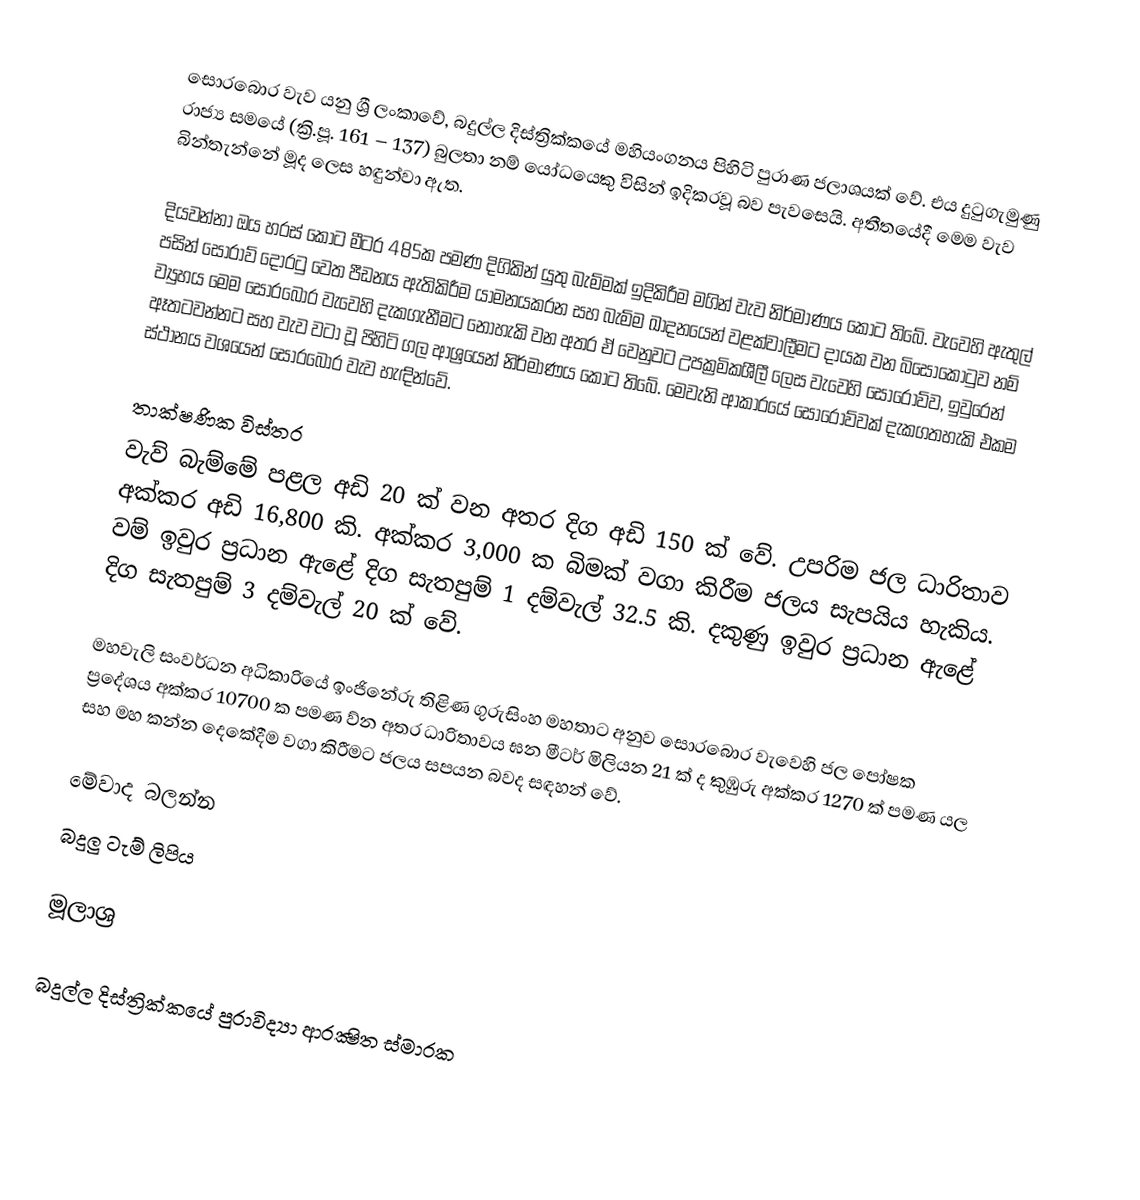
සොරබොර වැව යනු ශ්‍රී ලංකාවේ, බදුල්ල දිස්ත්‍රික්කයේ මහියංගනය පිහිටි පුරාණ ජලාශයක් වේ. එය දුටුගැමුණු රාජ්‍ය සමයේ (ක්‍රි.පූ. 161 – 137) බුලතා නම් යෝධයෙකු විසින් ඉදිකරවූ බව පැවසෙයි. අතීතයේදී මෙම වැව බින්තැන්නේ මූද ලෙස හඳුන්වා ඇත.

දියවන්නා ඔය හරස් කොට මීටර 485ක පමණ දිගිකින් යුතු බැම්මක් ඉදිකිරීම මගින් වැව නිර්මාණය කොට තිබේ. වැවෙහි ඇතුල් පසින් සොරාව් දොරටු වෙත පීඩනය ඇතිකිරීම යාමනයකරන සහ බැම්ම ඛාදනයෙන් වළක්වාලීමට දායක වන බිසෝකොටුව නම් ව්‍යුහය මෙම සොරබොර වැවෙහි දැකගැනීමට නොහැකි වන අතර ඒ වෙනුවට උපක්‍රමිකශීලී ලෙස වැවෙහි සොරොව්ව, ඉවුරෙන් ඈතටවන්නට සහ වැව වටා වූ පිහිටි ගල ආශ්‍රයෙන් නිර්මාණය කොට තිබේ. මෙවැනි ආකාරයේ සොරොව්වක් දැකගතහැකි එකම ස්ථානය වශයෙන් සොරබොර වැව හැඳින්වේ.

තාක්ෂණික විස්තර
වැව් බැම්මේ පළල අඩි 20 ක් වන අතර දිග අඩි 150 ක් වේ. උපරිම ජල ධාරිතාව අක්කර අඩි 16,800 කි. අක්කර 3,000 ක බිමක් වගා කිරීම ජලය සැපයිය හැකිය. වම් ඉවුර ප්‍රධාන ඇළේ දිග සැතපුම් 1 දම්වැල් 32.5 කි. දකුණු ඉවුර ප්‍රධාන ඇළේ දිග සැතපුම් 3 දම්වැල් 20 ක් වේ.

මහවැලි සංවර්ධන අධිකාරියේ ඉංජිනේරු තිළිණ ගුරුසිංහ මහතාට අනුව සොරබොර වැවෙහි ජල පෝෂක ප්‍රදේශය අක්‌කර 10700 ක පමණ ව්න අතර ධාරිතාවය ඝන මීටර් මිලියන 21 ක්‌ ද කුඹුරු අක්‌කර 1270 ක්‌ පමණ යල සහ මහ කන්න දෙකේදීම වගා කිරීමට ජලය සපයන බවද සඳහන් වේ.

මේවාද බලන්න
 බදුලු ටැම් ලිපිය

මූලාශ්‍ර

බදුල්ල දිස්ත්‍රික්කයේ පුරාවිද්‍යා ආරක්‍ෂිත ස්මාරක